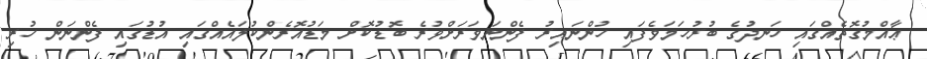
ޢާއްމުގޮތެއްގައި ހަނދުގެ ބުރުހަމަވެފައި ހުންނައިރު ފެންނަވަރަށްވުރެ ބޮޑުކޮށް މަޑުއޮރެންކުލައެއްގައި އުޑުގައި ފެންނަން ހުރި